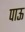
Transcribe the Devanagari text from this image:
पाऊ